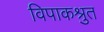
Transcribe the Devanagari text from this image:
विपाकश्रुत